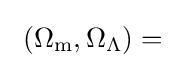
~(\Omega _{\text{m}},\Omega _{\Lambda })=~